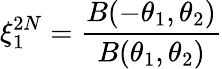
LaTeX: \xi_{1}^{2N}=\frac{B(-\theta_{1},\theta_{2})}{B(\theta_{1},\theta_{2})}